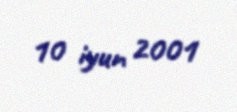
10 iyun 2001